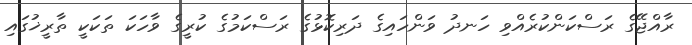
ރާއްޖޭގެ ރަސްކަންކުރެއްވި ހަނދު ވަންހައިގެ ދަރިކޮޅުގެ ރަސްކަމުގެ ކުރީގެ ވާހަކަ ތަކަކީ ތާރީޚުގައި